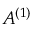
A ^ { ( 1 ) }